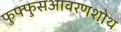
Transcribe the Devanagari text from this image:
फुफ्फुसआवरणशोथ